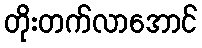
တိုးတက်လာအောင်